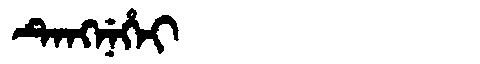
Manchu: ᡨᡝᠩᠨᡝᡥᡝᡳ
Romanization: TENGNEHEI